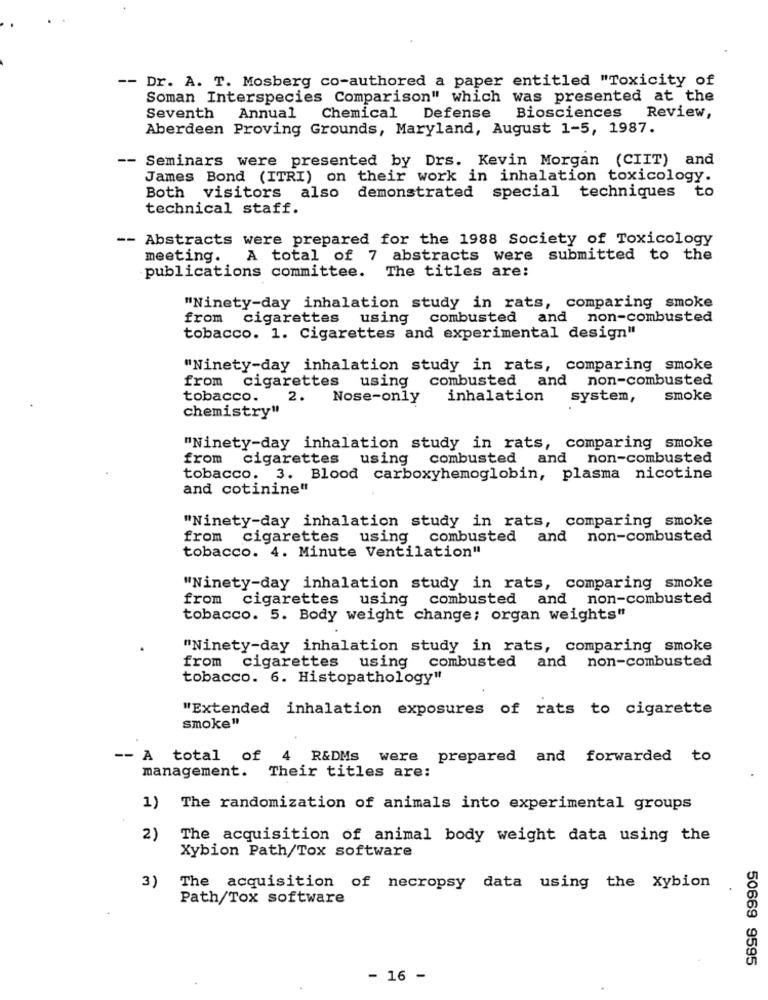
-- Dr. A. T. Mosberg co-authored a paper entitled "Toxicity of
Soman Interspecies Comparison" which was presented at the
Biosciences
Seventh
Annual
Chemical Defense
Review,
Aberdeen Proving Grounds, Maryland, August 1-5, 1987.
-- Seminars were presented by Drs. Kevin Morgan (CIIT) and
James Bond (ITRI) on their work in inhalation toxicology.
Both visitors also
demonstrated special techniques to
technical staff.
- Abstracts were prepared for the 1988 Society of Toxicology
meeting.
A total of 7 abstracts were submitted to the
publications committee. The titles are:
"Ninety-day inhalation study in rats, comparing smoke
from
cigarettes
using
combusted and non-combusted
tobacco. 1. Cigarettes and experimental design"
"Ninety-day inhalation study in rats, comparing smoke
from
using combusted and
non-combusted
cigarettes
tobacco.
2.
Nose-only
inhalation
system,
smoke
chemistry"
"Ninety-day inhalation study in rats, comparing smoke
from
cigarettes
using combusted and non-combusted
tobacco. 3. Blood carboxyhemoglobin, plasma nicotine
and cotinine"
"Ninety-day inhalation study in rats, comparing smoke
from cigarettes
using combusted and non-combusted
tobacco. 4. Minute Ventilation"
"Ninety-day inhalation study in rats, comparing smoke
from cigarettes
using combusted and non-combusted
tobacco. 5. Body weight change; organ weights"
"Ninety-day inhalation study in rats, comparing smoke
from cigarettes using combusted and non-combusted
tobacco. 6. Histopathology"
"Extended inhalation exposures of rats to cigarette
smoke"
-- A total of
4
R&DMs were prepared and forwarded to
management. Their titles are:
1) The randomization of animals into experimental groups
2)
The acquisition of animal body weight data using the
Xybion Path/Tox software
3)
The acquisition of necropsy data using the Xybion
Path/Tox software
50669 9595
-
-